Reports on dispensaries and lunatic asylums in the Province of Oudh - 1869-1876
Year: 1869
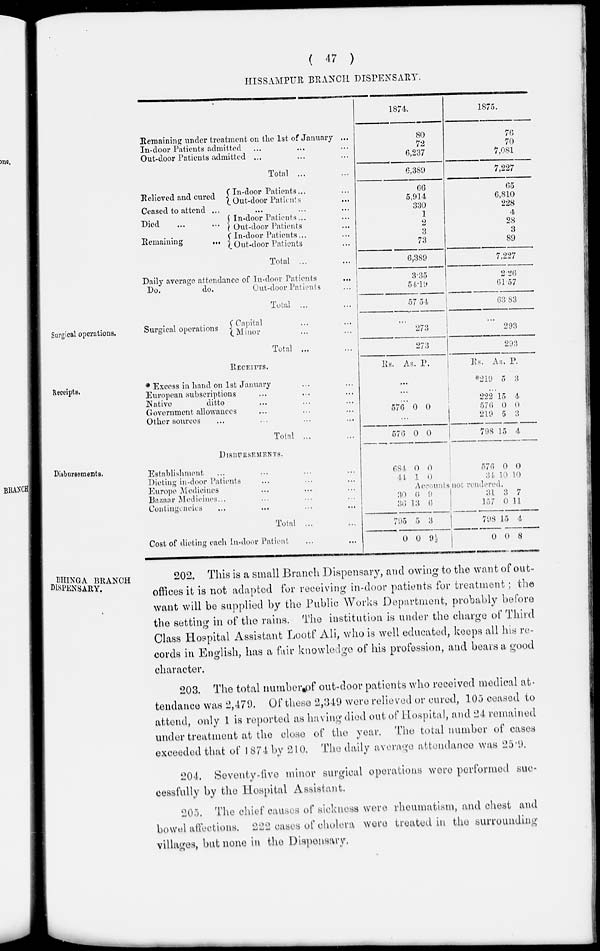
( 47 )
HISSAMPUR BRANCH DISPENSARY.
Remaining under treatment on the 1st of January ...
In-door Patients admitted ... ... ...
Out-door Patients admitted ... ... ...
Total ... ...
1874.
80
72
6,237
6,389
1875.
76
70
7,081
7,227
Relieved and cured
In-door Patients... ...
Out-door Patients ...
Ceased to attend ... ... ... ...
Died ... ...
Remaining
...
In-door Patients ... ...
Out-door Patients ...
In-door Patients... ...
Out-door Patients ...
Total
... ...
66
5,914
330
1
2
3
73
6,389
65
6,810
228
4
28
3
89
7,227
Daily average attendance of In-door Patients ...
Do.
do.
Out-door Patients ...
Total ... ...
3.35
54.19
57.54
2.26
61.57
63.83
Surgical operations.
Surgical operations
Capital ... ...
Minor ... ...
Total ... ...
...
273
273
...
293
293
Receipts.
RECEIPTS.
* Excess in hand on 1st January ... ...
European subscriptions ... ... ...
Native
ditto ... ... ...
Government allowances ... ... ... ...
Other sources ... ... ... ...
Total ... ...
Rs.
As. P.
...
...
...
576 0 0
...
576 0 0
Rs.
*219
As.
5
P.
3
...
222
576
219
798
15
0
5
15
4
0
3
4
Disbursements.
DISBURSEMENTS.
Establishment ... ... ... ...
Dieting in-door Patients ... ... ...
Europe Medicines ... ... ...
Bazaar Medicines... ... ... ...
Contingencies ... ... ... ...
Total
... ...
Cost of dieting each In-door Patient ... ...
684
44
0
1
0
0
576
34
0
10
0
10
Accounts not rendered.
30
36
795
0
6
13
5
0
9
6
3
9½
31
137
798
0
3
0
15
0
7
11
4
8
BHINGA BRANCH
DISPENSARY.
202. This is a small Branch Dispensary, and owing to the want of out-
offices it is not adapted for receiving in-door patients for treatment ; the
want will be supplied by the Public Works Department, probably before
the setting in of the rains. The institution is under the charge of Third
Class Hospital Assistant Lootf Ali, who is well educated, keeps all his re-
cords in English, has a fair knowledge of his profession, and bears a good
character.
203. The total number of out-door patients who received medical at-
tendance was 2,479. Of these 2,349 were relieved or cured, 105 ceased to
attend, only 1 is reported as having died out of Hospital, and 24 remained
under treatment at the close of the year. The total number of cases
exceeded that of 1874 by 210. The daily average attendance was 25.9.
204. Seventy-five minor surgical operations were performed suc-
cessfully by the Hospital Assistant.
205. The chief causes of sickness were rheumatism, and chest and
bowel affections. 222 cases of cholera were treated in the surrounding
villages, but none in the Dispensary.